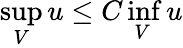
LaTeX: \operatorname*{sup}_{V}u\leq C\operatorname*{inf}_{V}u